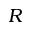
R